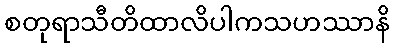
စတုရာသီတိထာလိပါကသဟဿာနိ